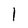
Character: 1